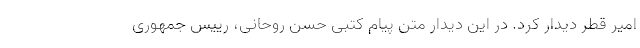
امیر قطر دیدار کرد. در این دیدار متن پیام کتبی حسن روحانی، رییس جمهوری